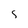
Character: 5